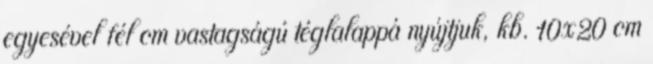
egyesével fél cm vastagságú téglalappá nyújtjuk, kb. 10x20 cm